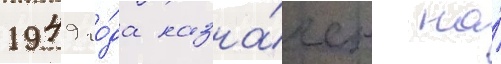
1949 го́да назна́чен на́